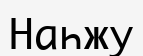
Наһжу